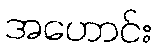
အဟောင်း